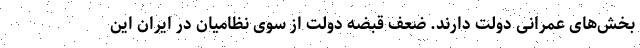
بخش‌های عمرانی دولت دارند. ضعف قبضه دولت از سوی نظامیان در ایران این